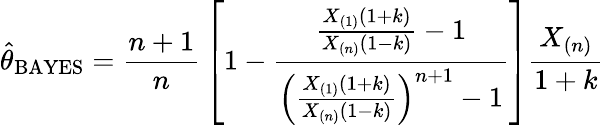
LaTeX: {\hat{\theta}}_{\mathrm{BAYES}}={\frac{n+1}{n}}\left[1-{\frac{{\frac{X_{(1)}(1+k)}{X_{(n)}(1-k)}}-1}{\left({\frac{X_{(1)}(1+k)}{X_{(n)}(1-k)}}\right)^{n+1}-1}}\right]{\frac{X_{(n)}}{1+k}}